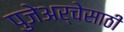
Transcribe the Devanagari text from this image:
पुजेअर्चेसाठी